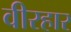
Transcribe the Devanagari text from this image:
वीरहार